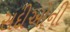
સદીઓની